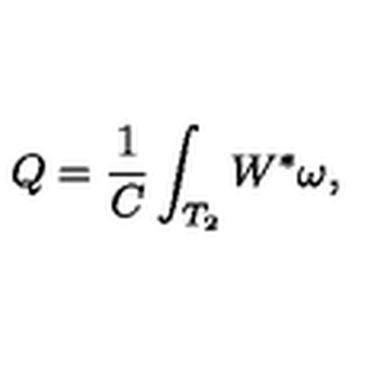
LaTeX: Q = \frac { 1 } { C } \int _ { T _ { 2 } } W ^ { * } \omega ,